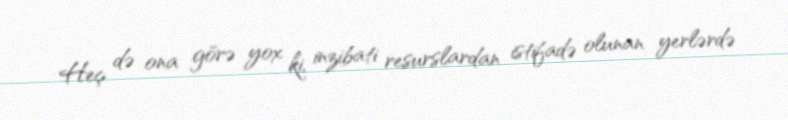
Heç də ona görə yox ki, inzibati resurslardan istifadə olunan yerlərdə